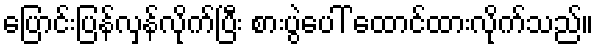
ပြောင်းပြန်လှန်လိုက်ပြီး စားပွဲပေါ် ထောင်ထားလိုက်သည်။